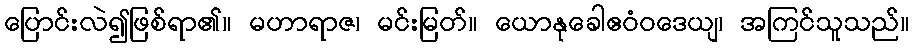
ပြောင်းလဲ၍ဖြစ်ရာ၏။ မဟာရာဇ၊ မင်းမြတ်။ ယောနုခေါဧဝံဝဒေယျ၊ အကြင်သူသည်။